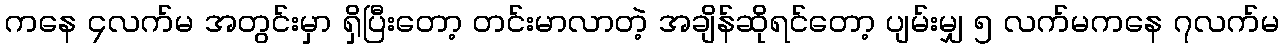
ကနေ ၄လက်မ အတွင်းမှာ ရှိပြီးတော့ တင်းမာလာတဲ့ အချိန်ဆိုရင်တော့ ပျမ်းမျှ ၅ လက်မကနေ ၇လက်မ